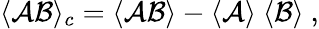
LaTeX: \langle{\cal A}{\cal B}\rangle_{c}=\langle{\cal A}{\cal B}\rangle-\langle{\cal A}\rangle~\langle{\cal B}\rangle~,